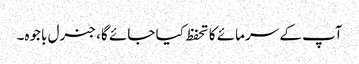
آپ کے سرمائے کا تحفظ کیا جائے گا، جنرل باجوہ۔